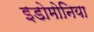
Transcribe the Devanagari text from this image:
इडोमोनिया